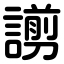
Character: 謭